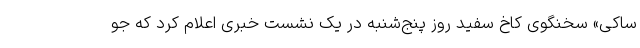
ساکی» سخنگوی کاخ سفید روز پنج‌شنبه در یک نشست خبری اعلام کرد که جو